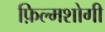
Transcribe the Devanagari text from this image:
फ़िल्मशोगी